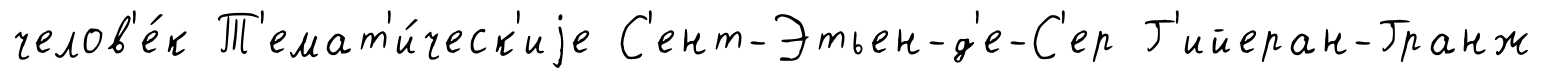
челов'е́к Т'емат'и́ческ'иjе С'ент-Этьен-д'е-С'ер Г'ийеран-Гранж